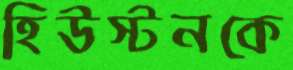
হিউস্টনকে